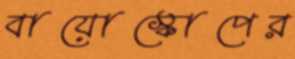
বায়োস্কোপের